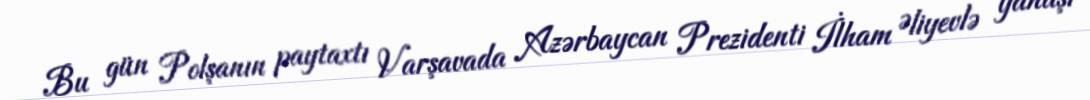
Bu gün Polşanın paytaxtı Varşavada Azərbaycan Prezidenti İlham Əliyevlə yanaşı